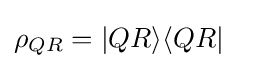
\rho _{QR}=|QR\rangle \langle QR|\quad